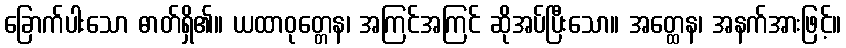
ခြောက်ပါးသော ဓာတ်ရှိ၏။ ယထာဝုတ္တေန၊ အကြင်အကြင် ဆိုအပ်ပြီးသော။ အတ္ထေန၊ အနက်အားဖြင့်။